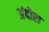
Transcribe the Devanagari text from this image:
अंदोरा